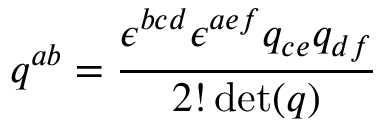
q ^ { a b } = { \frac { \epsilon ^ { b c d } \epsilon ^ { a e f } q _ { c e } q _ { d f } } { 2 ! \operatorname* { d e t } ( q ) } }